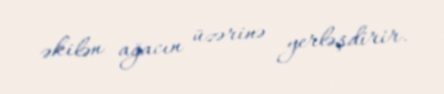
əkilən ağacın üzərinə yerləşdirir.